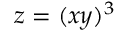
z = ( x y ) ^ { 3 }